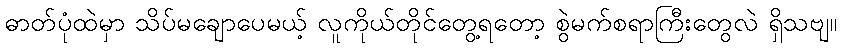
ဓာတ်ပုံထဲမှာ သိပ်မချောပေမယ့် လူကိုယ်တိုင်တွေ့ရတော့ စွဲမက်စရာကြီးတွေလဲ ရှိသဗျ။